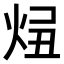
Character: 𤈓